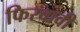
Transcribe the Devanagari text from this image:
फिरवावी